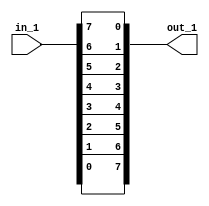
// Modelling a vector reversal using concatenation in verilog.

module top_module(in_1, out_1);

	input [7:0] in_1;
	output [7:0] out_1;

	assign out_1 = {in_1[0], in_1[1], in_1[2], in_1[3], in_1[4], in_1[5], in_1[6], in_1[7]};

endmodule